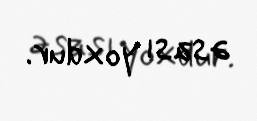
əsası yoxdur.